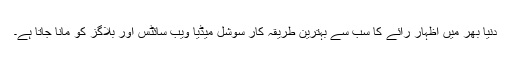
دنیا بھر میں اظہارِ رائے کا سب سے بہترین طریقہ کار سوشل میڈیا ویب سائٹس اور بلاگز کو مانا جاتا ہے۔